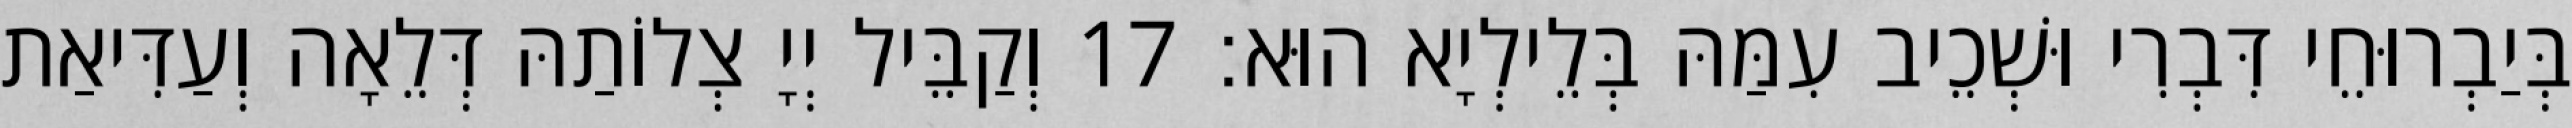
בְּיַבְרוּחֵי דִּבְרִי וּשְׁכֵיב עִמַּהּ בְּלֵילְיָא הוּא׃ 17 וְקַבֵּיל יְיָ צְלוֹתַהּ דְּלֵאָה וְעַדִּיאַת